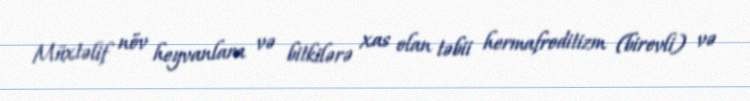
Müxtəlif növ heyvanlara və bitkilərə xas olan təbii hermafroditizm (birevli) və